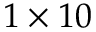
1 \times 1 0